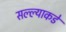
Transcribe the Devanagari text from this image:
सल्ल्याकडे